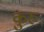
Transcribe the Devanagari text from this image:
कुरुः